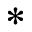
^ \ast { }